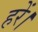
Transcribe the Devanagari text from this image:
हरें।